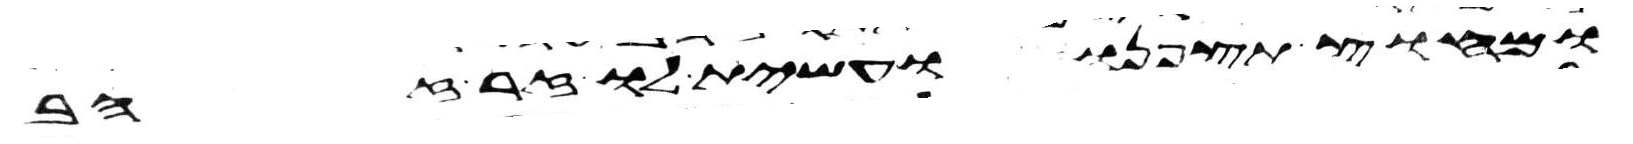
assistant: ומחוץ תצפנו ועשית לו זר זהב